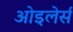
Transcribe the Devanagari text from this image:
ओइलेर्स